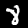
Digit: 8